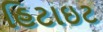
હિટાઇટ